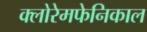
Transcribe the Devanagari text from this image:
क्लोरेमफेनिकाल